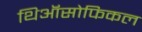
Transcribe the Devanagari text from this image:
थिऑसोफिकल